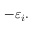
- \varepsilon _ { i } .